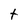
Character: t